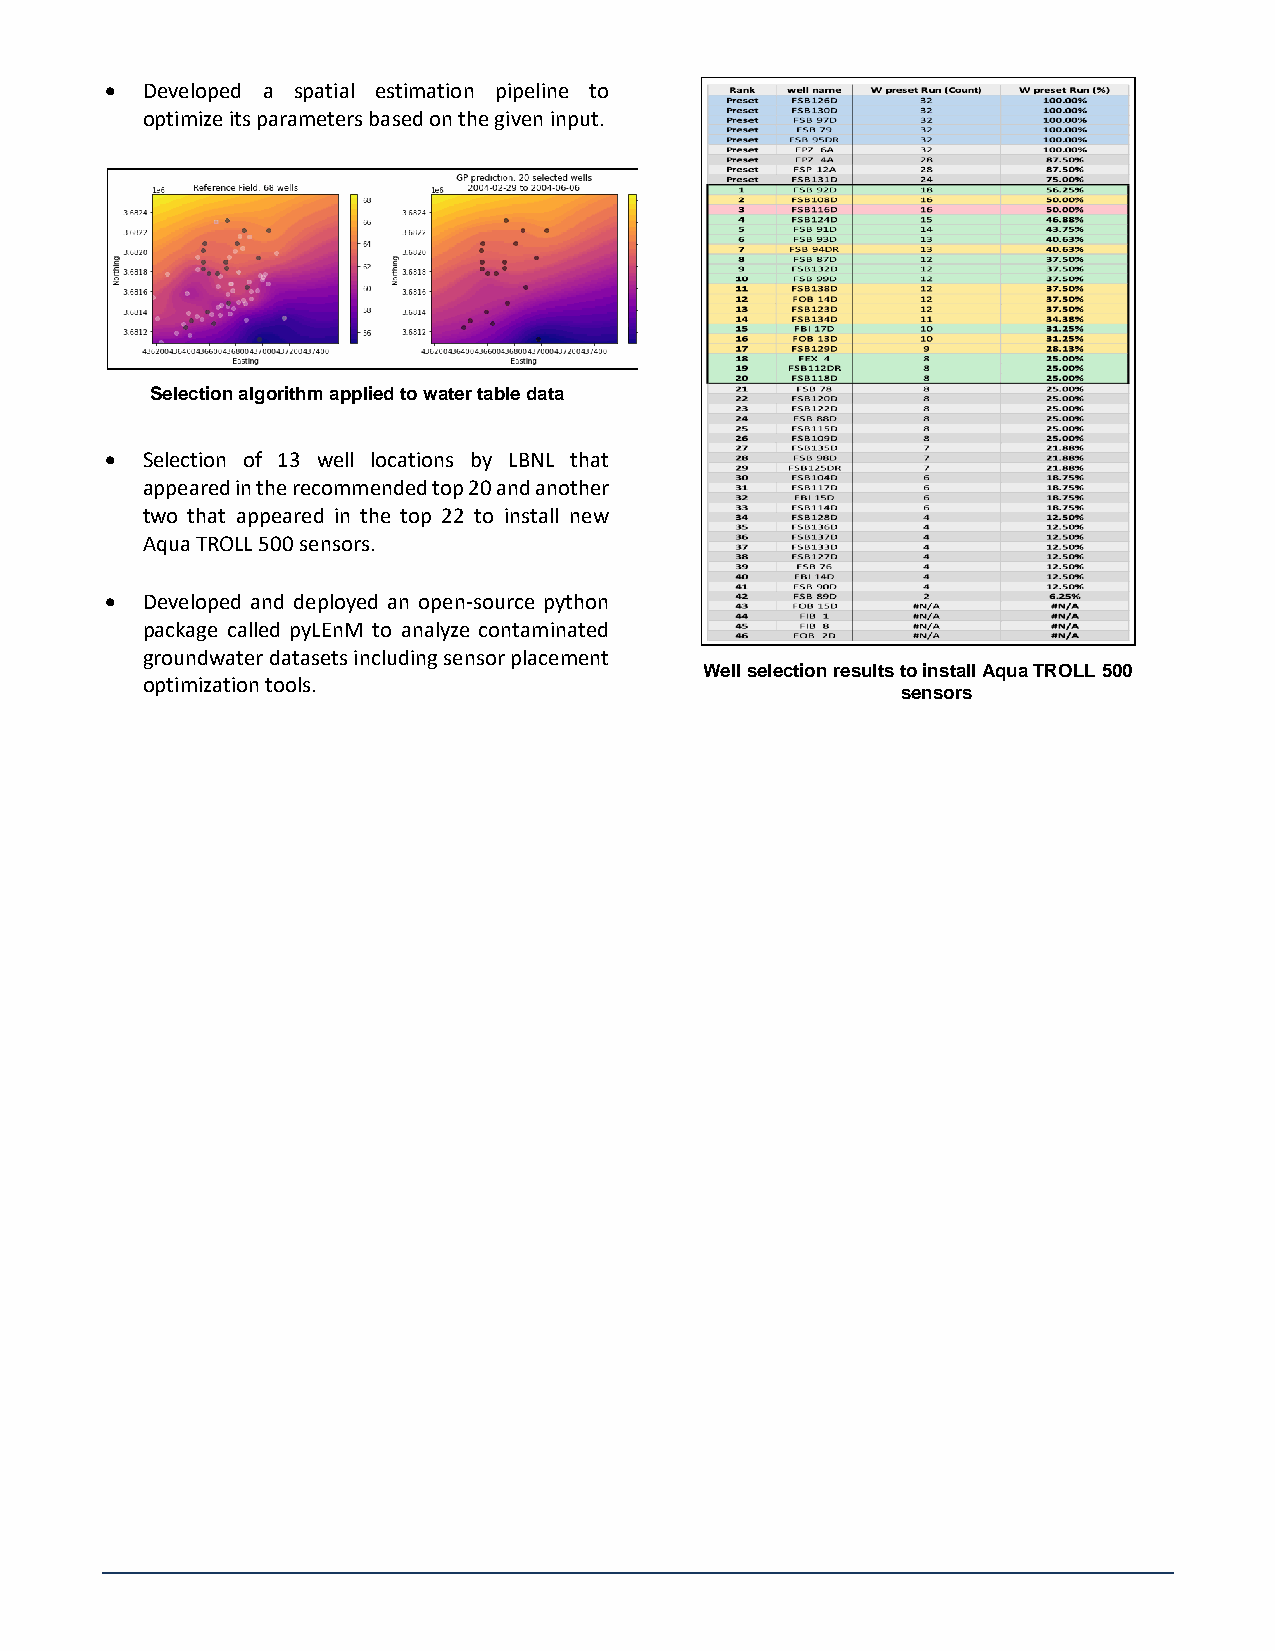
 Developed a spatial estimation pipeline to
 optimize its parameters based on the given input.
 Selection algorithm applied to water table data
  Selection of 13 well locations by LBNL that
 appeared in the recommended top 20 and another
 two that appeared in the top 22 to install new
 Aqua TROLL 500 sensors.
  Developed and deployed an open-source python
 package called pyLEnM to analyze contaminated
 groundwater datasets including sensor placement
 Well selection results to install Aqua TROLL 500
 optimization tools.
 sensors